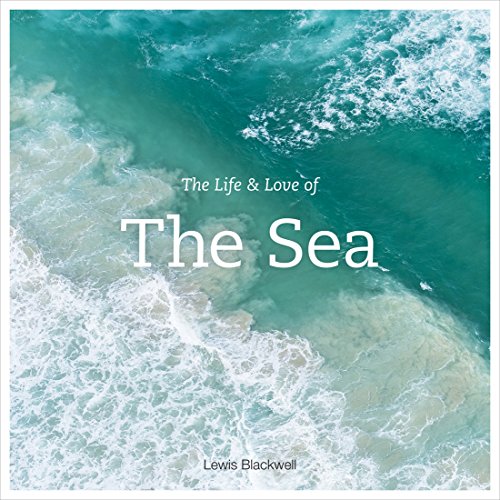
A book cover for The Life and Love of the Sea; Lewis Blackwell; Science & Math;